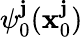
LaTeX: \psi_{0}^{\mathbf{j}}(\textbf{{x}}_{0}^{\mathbf{j}})